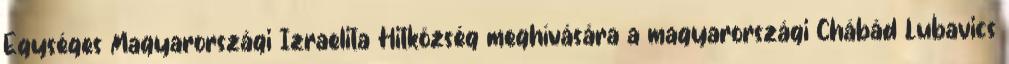
Egységes Magyarországi Izraelita Hitközség meghívására a magyarországi Chábád Lubavics